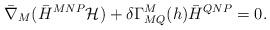
LaTeX: \begin{align*}\bar \nabla_M ( \bar H^{MNP} {\cal H} ) +\delta \Gamma^M_{MQ} (h) \bar H^{QNP} =0.\end{align*}